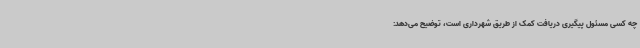
چه کسی مسئول پیگیری دریافت کمک از طریق شهرداری است، توضیح می‌دهد: